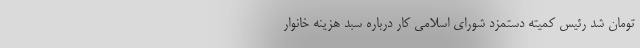
تومان شد رئیس کمیته دستمزد شورای اسلامی کار درباره سبد هزینه خانوار